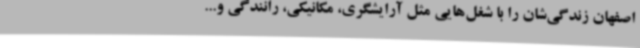
اصفهان زندگی‌شان را با شغل‌هایی مثل آرایشگری، مکانیکی، رانندگی و...